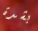
بشدة